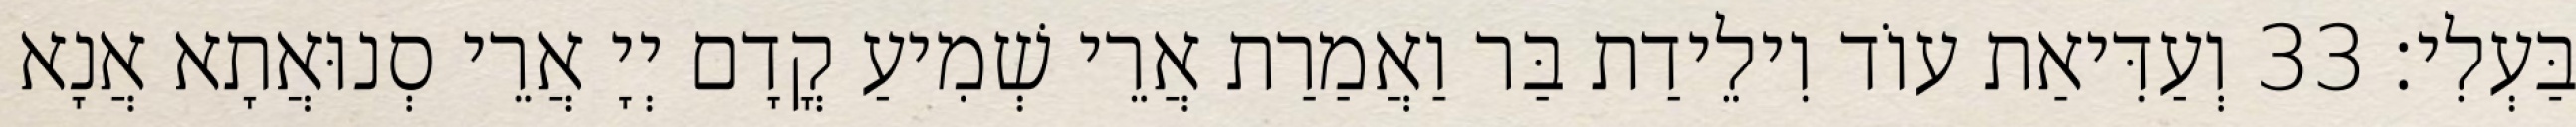
בַּעְלִי׃ 33 וְעַדִּיאַת עוֹד וִילֵידַת בַּר וַאֲמַרַת אֲרֵי שְׁמִיעַ קֳדָם יְיָ אֲרֵי סְנוּאֲתָא אֲנָא